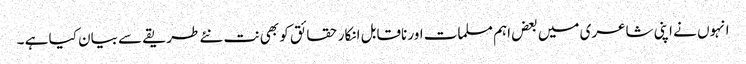
انہوں نے اپنی شاعری میں بعض اہم مسلمات اور ناقابل انکار حقائق کو بھی نت نئے طریقے سے بیان کیا ہے ۔